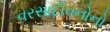
વરસાદીવનોનો